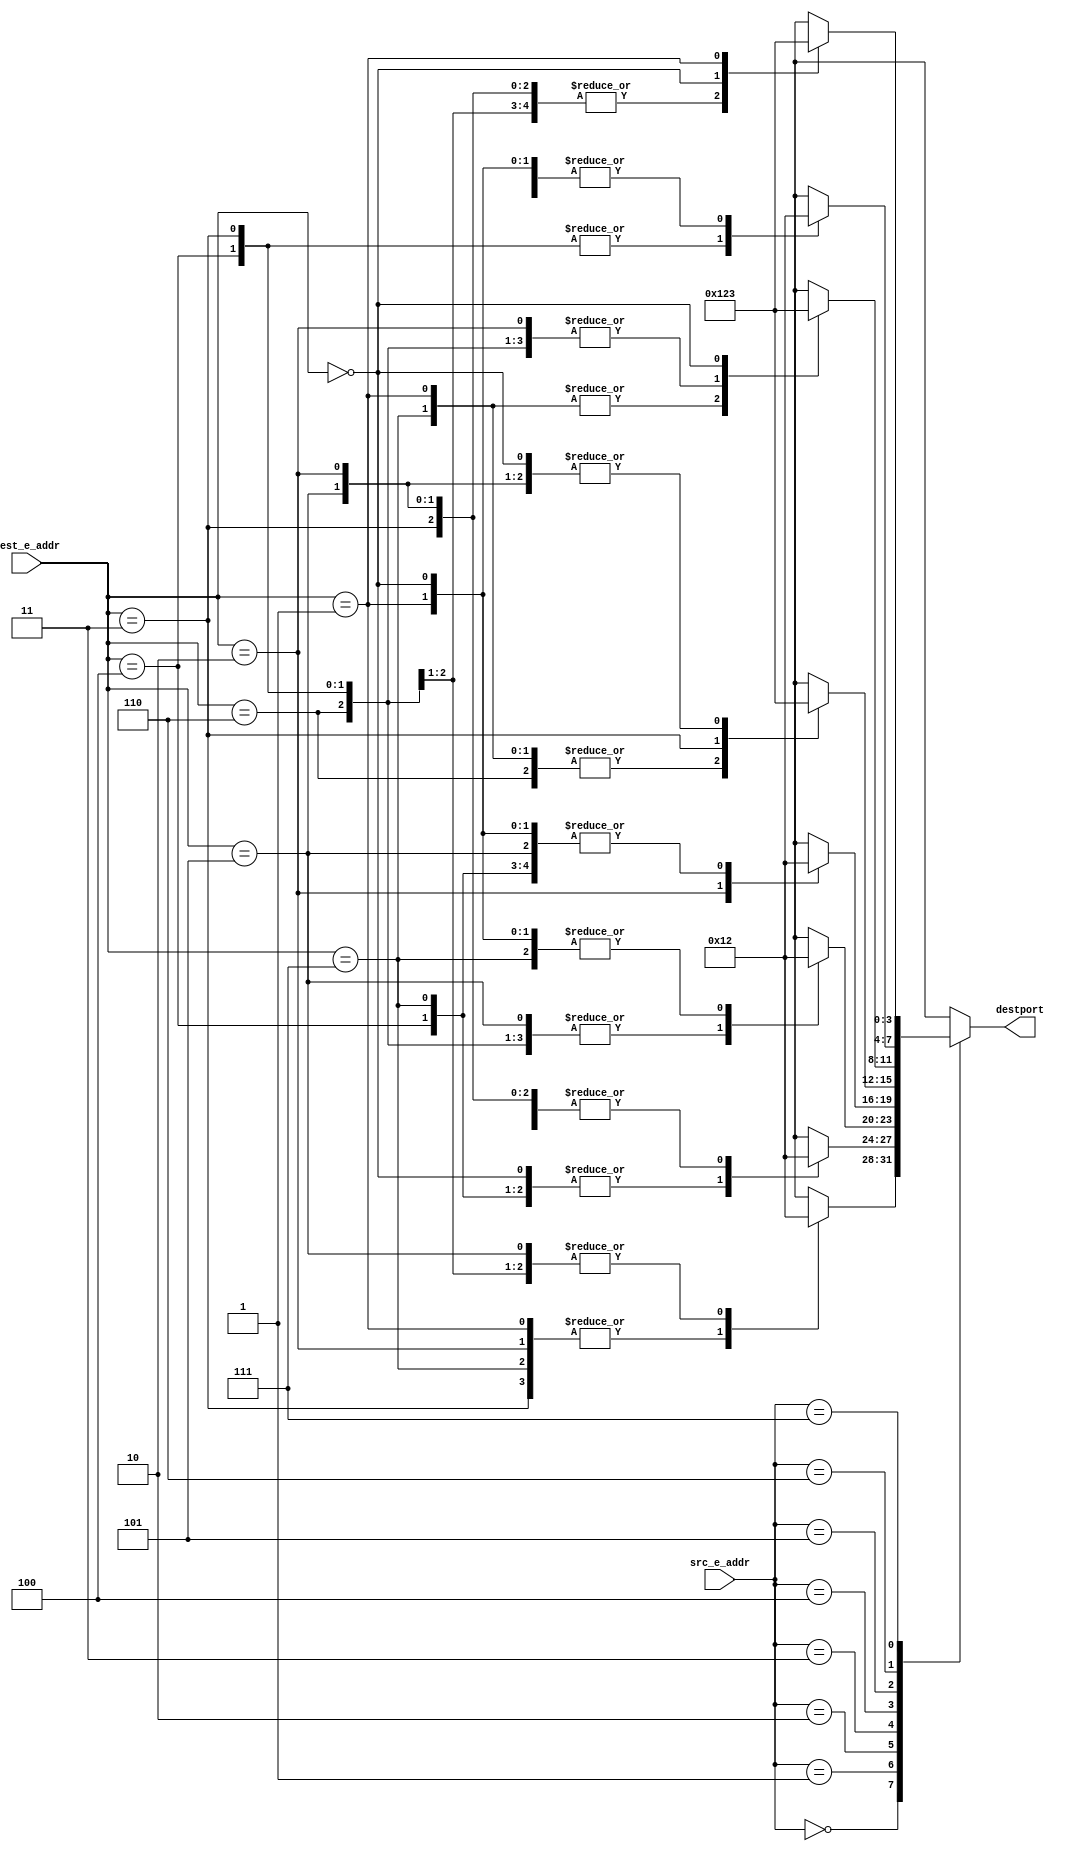

/**************************************************************************
**	WARNING: THIS IS AN AUTO-GENERATED FILE. CHANGES TO IT ARE LIKELY TO BE
**	OVERWRITTEN AND LOST. Rename this file if you wish to do any modification.
****************************************************************************/


/**********************************************************************
**    
**	Copyright (C) 2014-2021  Alireza Monemi
**    
**	This file is part of ProNoC 2.1.0 
**
**	ProNoC ( stands for Prototype Network-on-chip)  is free software: 
**	you can redistribute it and/or modify it under the terms of the GNU
**	Lesser General Public License as published by the Free Software Foundation,
**	either version 2 of the License, or (at your option) any later version.
**
** 	ProNoC is distributed in the hope that it will be useful, but WITHOUT
** 	ANY WARRANTY; without even the implied warranty of MERCHANTABILITY
** 	or FITNESS FOR A PARTICULAR PURPOSE.  See the GNU Lesser General
** 	Public License for more details.
**
** 	You should have received a copy of the GNU Lesser General Public
** 	License along with ProNoC. If not, see <http:**www.gnu.org/licenses/>.
******************************************************************************/ 
module Tcustom1Rcustom_conventional_routing  #(
	parameter RAw = 3,  
	parameter EAw = 3,   
	parameter DSTPw=4  
)
(
	dest_e_addr,
	src_e_addr,
	destport        
);
    
	input   [EAw-1   :0] dest_e_addr;
	input   [EAw-1   :0] src_e_addr;
	output reg [DSTPw-1 :0] destport;	
        
    
	always@(*)begin
		destport=0;
		case(src_e_addr) //source address of each individual NI is fixed. So this CASE will be optimized by the synthesizer for each endpoint. 
		0: begin
			case(dest_e_addr)
			1,2,3,7,10: begin 
				destport= 1; 
			end
			4,5,6,8,9,11,12,13,14,15: begin 
				destport= 2; 
			end

			default: begin 
				destport= {DSTPw{1'bX}};
			end
			endcase
		end//0
		1: begin
			case(dest_e_addr)
			0,4,7,8,9,10,12,15: begin 
				destport= 1; 
			end
			2,3,5,6,11,13,14: begin 
				destport= 2; 
			end

			default: begin 
				destport= {DSTPw{1'bX}};
			end
			endcase
		end//1
		2: begin
			case(dest_e_addr)
			3,4,5,6,8,11,13,14,15: begin 
				destport= 1; 
			end
			0,1,7,9,10,12: begin 
				destport= 2; 
			end

			default: begin 
				destport= {DSTPw{1'bX}};
			end
			endcase
		end//2
		3: begin
			case(dest_e_addr)
			2,10,11,12: begin 
				destport= 1; 
			end
			0,1,4,5,6,7,8,9,13,14,15: begin 
				destport= 2; 
			end

			default: begin 
				destport= {DSTPw{1'bX}};
			end
			endcase
		end//3
		4: begin
			case(dest_e_addr)
			1,6,7,8,10,13: begin 
				destport= 1; 
			end
			3: begin 
				destport= 2; 
			end
			0,2,5,9,11,12,14,15: begin 
				destport= 3; 
			end

			default: begin 
				destport= {DSTPw{1'bX}};
			end
			endcase
		end//4
		5: begin
			case(dest_e_addr)
			1,7,8,10,11,12,15: begin 
				destport= 1; 
			end
			2,3,4,6,13,14: begin 
				destport= 2; 
			end
			0,9: begin 
				destport= 3; 
			end

			default: begin 
				destport= {DSTPw{1'bX}};
			end
			endcase
		end//5
		6: begin
			case(dest_e_addr)
			3,4,13: begin 
				destport= 1; 
			end
			0,1,2,5,7,8,9,10,11,12,14,15: begin 
				destport= 2; 
			end

			default: begin 
				destport= {DSTPw{1'bX}};
			end
			endcase
		end//6
		7: begin
			case(dest_e_addr)
			2,3,4,5,6,8,9,11,12,13,14,15: begin 
				destport= 1; 
			end
			0,10: begin 
				destport= 2; 
			end
			1: begin 
				destport= 3; 
			end

			default: begin 
				destport= {DSTPw{1'bX}};
			end
			endcase
		end//7
		8: begin
			case(dest_e_addr)
			0,4,5,9,10,12: begin 
				destport= 1; 
			end
			2,3,6,11,13,14,15: begin 
				destport= 2; 
			end
			1,7: begin 
				destport= 3; 
			end

			default: begin 
				destport= {DSTPw{1'bX}};
			end
			endcase
		end//8
		9: begin
			case(dest_e_addr)
			1,7,8,10,12: begin 
				destport= 1; 
			end
			2,3,4,5,6,11,13,14,15: begin 
				destport= 2; 
			end
			0: begin 
				destport= 3; 
			end

			default: begin 
				destport= {DSTPw{1'bX}};
			end
			endcase
		end//9
		10: begin
			case(dest_e_addr)
			2,3,4,5,6,8,9,11,12,13,14,15: begin 
				destport= 1; 
			end
			1,7: begin 
				destport= 2; 
			end
			0: begin 
				destport= 3; 
			end

			default: begin 
				destport= {DSTPw{1'bX}};
			end
			endcase
		end//10
		11: begin
			case(dest_e_addr)
			0,1,4,5,6,7,8,9,10,12,13,14,15: begin 
				destport= 1; 
			end
			2: begin 
				destport= 2; 
			end
			3: begin 
				destport= 3; 
			end

			default: begin 
				destport= {DSTPw{1'bX}};
			end
			endcase
		end//11
		12: begin
			case(dest_e_addr)
			2,3,4,5,6,11,13,14,15: begin 
				destport= 1; 
			end
			0,9: begin 
				destport= 2; 
			end
			1,7,10: begin 
				destport= 3; 
			end
			8: begin 
				destport= 4; 
			end

			default: begin 
				destport= {DSTPw{1'bX}};
			end
			endcase
		end//12
		13: begin
			case(dest_e_addr)
			3,4: begin 
				destport= 2; 
			end
			6: begin 
				destport= 3; 
			end
			0,1,2,5,7,8,9,10,11,12,14,15: begin 
				destport= 4; 
			end

			default: begin 
				destport= {DSTPw{1'bX}};
			end
			endcase
		end//13
		14: begin
			case(dest_e_addr)
			5,9,12,15: begin 
				destport= 1; 
			end
			3,4,6,13: begin 
				destport= 2; 
			end
			0,1,7,8,10: begin 
				destport= 3; 
			end
			2,11: begin 
				destport= 4; 
			end

			default: begin 
				destport= {DSTPw{1'bX}};
			end
			endcase
		end//14
		15: begin
			case(dest_e_addr)
			1,7,8,10,12: begin 
				destport= 1; 
			end
			2,11,14: begin 
				destport= 2; 
			end
			3,4,6,13: begin 
				destport= 3; 
			end
			0,5,9: begin 
				destport= 4; 
			end

			default: begin 
				destport= {DSTPw{1'bX}};
			end
			endcase
		end//15

		default: begin 
			destport= {DSTPw{1'bX}};
		end
		endcase
	end

		
	
endmodule